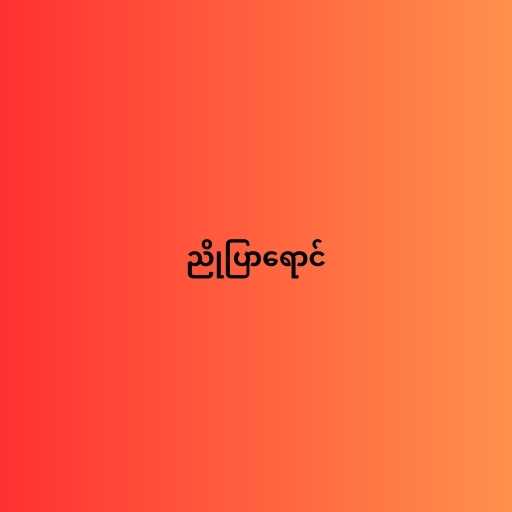
ညိုပြာရောင်